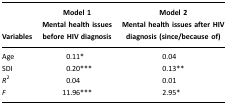
| Variables | Model 1Mental health issues before HIV diagnosis | Model 2Mental health issues after HIV diagnosis (since/because of) |
 | --- | --- | --- |
 | Age | 0.11* | 0.04 |
 | SDI | 0.20*** | 0.13** |
 | R2 | 0.04 | 0.01 |
 | F | 11.96*** | 2.95* |